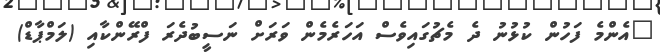
"އެންމެ ފަހުން ކުޅުނު ދެ މެޗުގައިވެސް އަހަރެމެން ވަރަށް ނަސީބުދެރަ ފްރޭންކާއި (ލަމްޕާޑް)